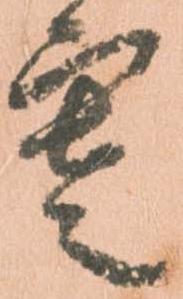
寒